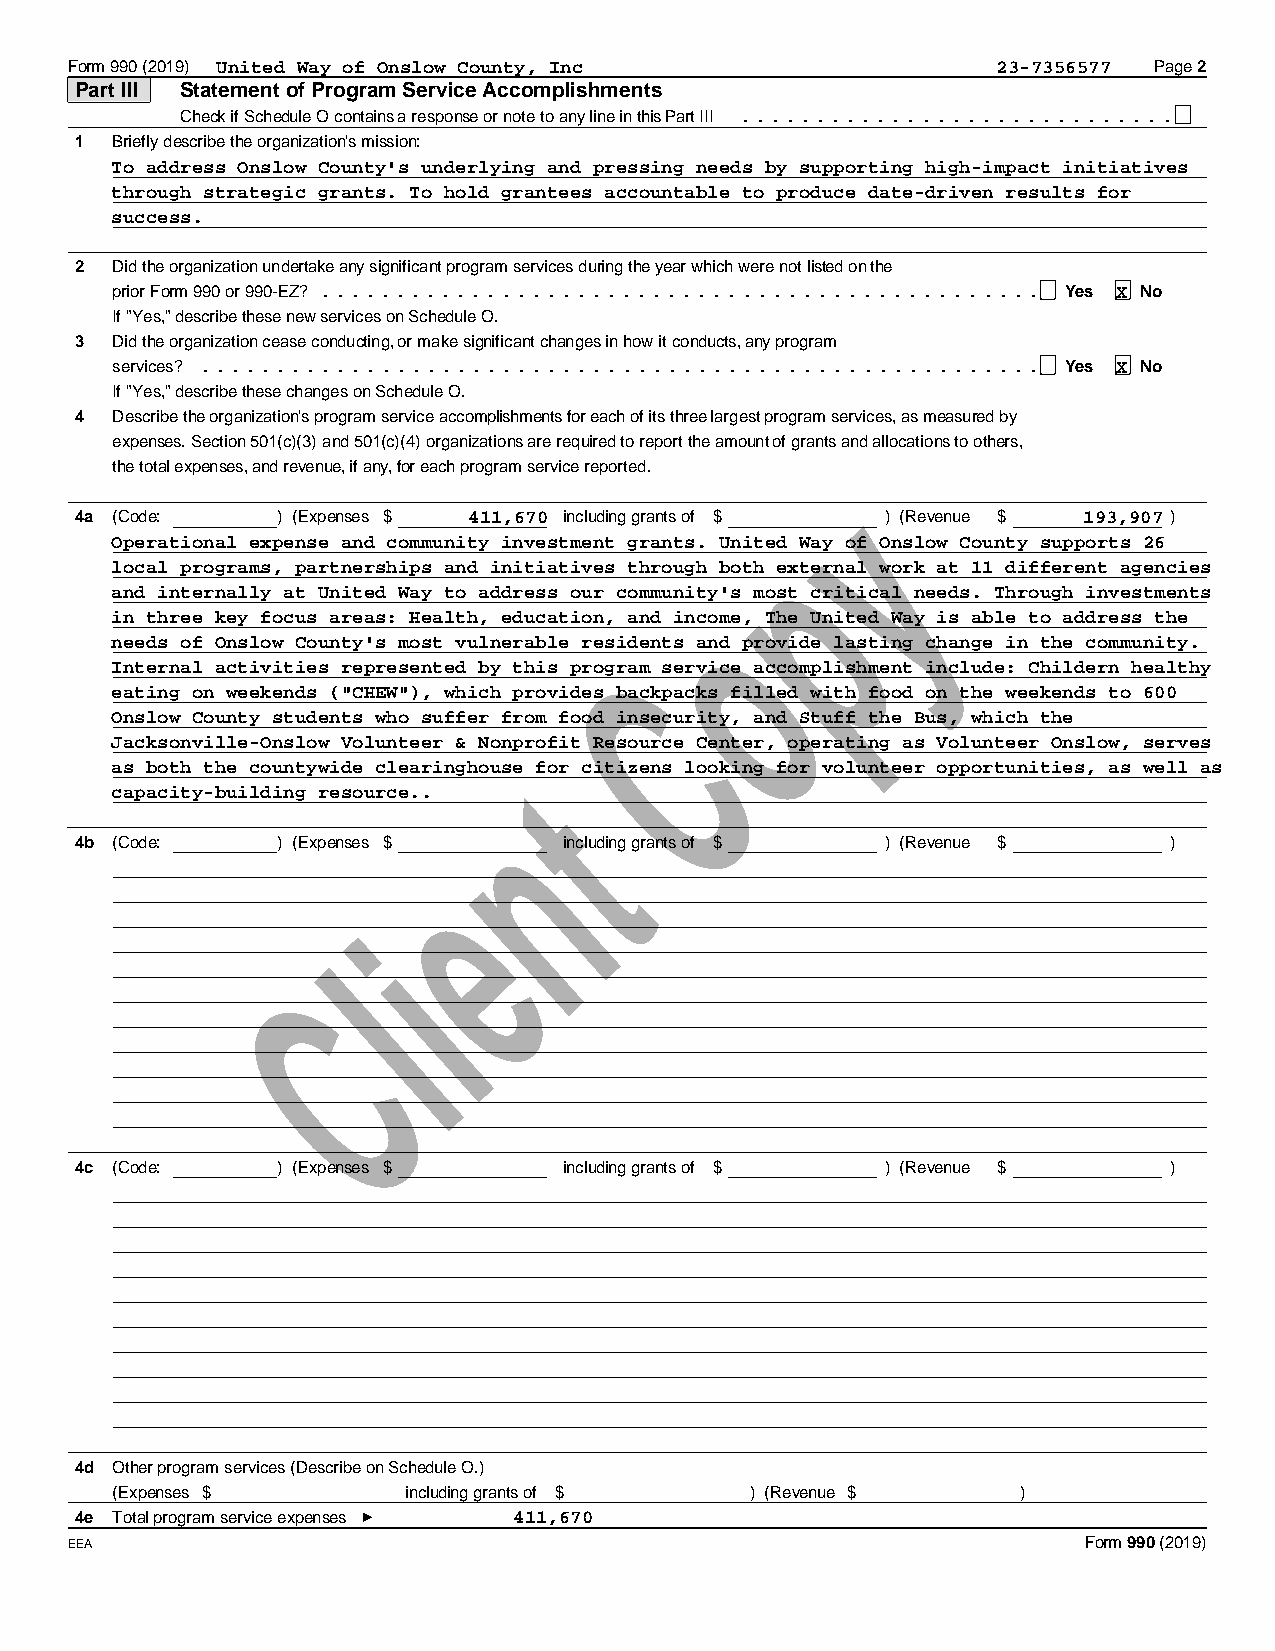
Form 990 (2019) United Way of Onslow County, Inc              23-7356577 Page 2
 Part III Statement of Program Service Accomplishments
 Check if Schedule O contains a response or note to any line in this Part III .............................
 1 Briefly describe the organization's mission:
 To address Onslow County's underlying and pressing needs by supporting high-impact initiatives
 through strategic grants. To hold grantees accountable to produce date-driven results for
 success.
 2 Did the organization undertake any significant program services during the year which were not listed on the
 prior Form 990 or 990-EZ? ................................................ Yes X No
 If "Yes," describe these new services on Schedule O.
 3 Did the organization cease conducting, or make significant changes in how it conducts, any program
 services? ........................................................ Yes X No
 If "Yes," describe these changes on Schedule O.
 4 Describe the organization's program service accomplishments for each of its three largest program services, as measured by
 expenses. Section 501(c)(3) and 501(c)(4) organizations are required to report the amount of grants and allocations to others,
 the total expenses, and revenue, if any, for each program service reported.
 y
 4a (Code:    ) (Expenses $ 411,670 including grants of $ ) (Revenue $ 193,907 )
 Operational expense and community investment grants. Unitped Way of Onslow County supports 26
 local programs, partnerships and initiatives through both external work at 11 different agencies
 and internally at United Way to address our community's most critical needs. Through investments
 o
 in three key focus areas: Health, education, and income, The United Way is able to address the
 needs of Onslow County's most vulnerable residents and provide lasting change in the community.
 Internal activities represented by this progrCam service accomplishment include: Childern healthy
 eating on weekends ("CHEW"), which provides backpacks filled with food on the weekends to 600
 Onslow County students who suffer from food insecurity, and Stuff the Bus, which the
 Jacksonville-Onslow Volunteer & Nonpro fit Resource Center, operating as Volunteer Onslow, serves
 as both the countywide clearinghouset for citizens looking for volunteer opportunities, as well as
 capacity-building resource..
 n
 4b (Code:    ) (Expenses $      including grants of $ ) (Revenue $      )
 e
 i
 l
 C
 4c (Code:    ) (Expenses $      including grants of $ ) (Revenue $      )
 4d Other program services (Describe on Schedule O.)
 (Expenses $         including grants of $  ) (Revenue $      )
 4e Total program service expenses 411,670
 EEA                                                                 Form 990 (2019)